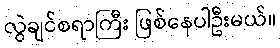
လွဲချင်စရာကြီး ဖြစ်နေပါဦးမယ်။